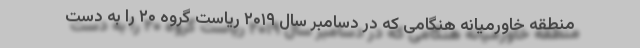
منطقه خاورمیانه هنگامی که در دسامبر سال ۲۰۱۹ ریاست گروه ۲۰ را به دست